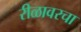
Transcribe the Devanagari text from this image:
रीळावरचा